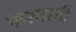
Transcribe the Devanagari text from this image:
फरमाती